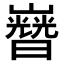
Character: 𡾡